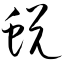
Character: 蜕